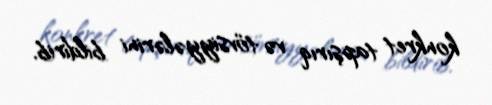
konkret tapşırıq və tövsiyyələrini bildirib.